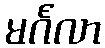
မင်္ဂလာ